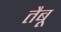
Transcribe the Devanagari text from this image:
तैबू